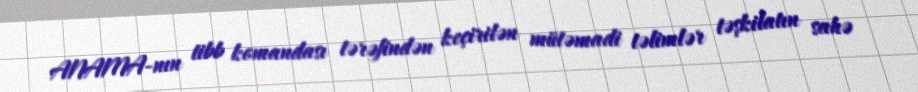
ANAMA-nın tibb komandası tərəfindən keçirilən mütəmadi təlimlər təşkilatın sahə